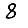
Digit: 8